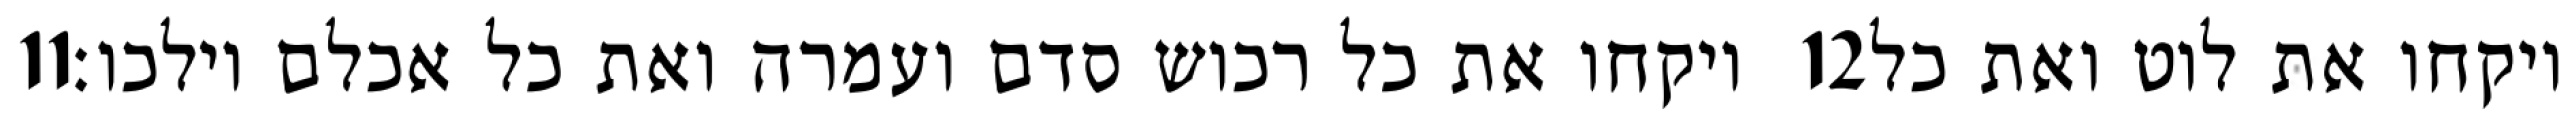
‎11‏ ויקחו את כל רכוש סדם ועמרה ואת כל אכלם וילכו׃ ‎12‏ ויקחו את לוט ואת כל